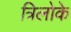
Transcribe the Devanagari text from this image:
त्रिलोके